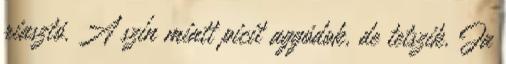
riasztó. A szín miatt picit aggódok, de tetszik. Ja